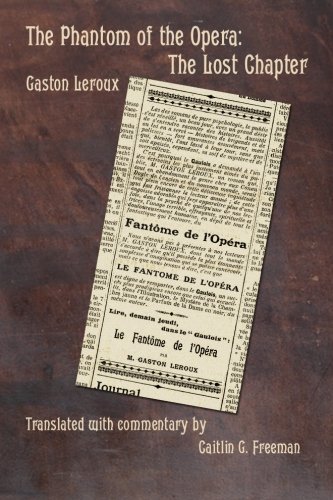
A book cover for The Phantom of the Opera: The Lost Chapter; Gaston Leroux; Literature & Fiction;